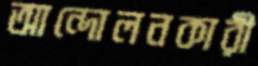
আন্দোলনকারী